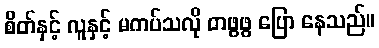
စိတ်နှင့် လူနှင့် မကပ်သလို တဖွဖွ ပြော နေသည်။